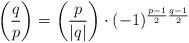
LaTeX: \begin{align*}\left(\frac{q}{p}\right)=\left(\frac{p}{|q|}\right)\cdot (-1)^{\frac{p-1}{2}\frac{q-1}{2}}\end{align*}